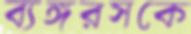
ব্যঙ্গরসকে